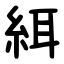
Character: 䋙